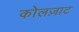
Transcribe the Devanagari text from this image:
कोलज़ाट